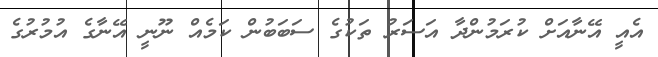
އެއީ އޭނާއަށް ކުރަމުންދާ އަސަރު ތަކުގެ ސަބަބުން ކަމެއް ނޫނީ އޭނާގެ އުމުރުގެ